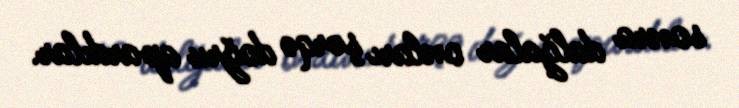
sonra dalğalar onları şərqə doğru apardılar.